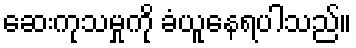
ဆေးကုသမှုကို ခံယူနေရပါသည်။